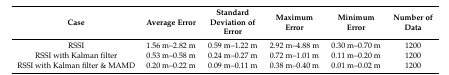
| Case | Average Error | Standard Deviation of Error | Maximum Error | Minimum Error | Number of Data |
 | --- | --- | --- | --- | --- | --- |
 | RSSI | 1.56 m–2.82 m | 0.59 m–1.22 m | 2.92 m–4.88 m | 0.30 m–0.70 m | 1200 |
 | RSSI with Kalman filter | 0.53 m–0.58 m | 0.24 m–0.27 m | 0.72 m–1.01 m | 0.11 m–0.20 m | 1200 |
 | RSSI with Kalman filter & MAMD | 0.20 m–0.22 m | 0.09 m–0.11 m | 0.38 m–0.40 m | 0.01 m–0.02 m | 1200 |